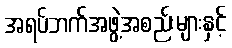
အရပ်ဘက်အဖွဲ့အစည်းများနှင့်